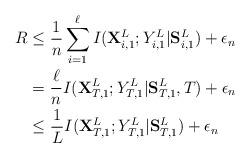
LaTeX: \begin{align*}R & \leq \frac{1}{n} \sum_{i=1}^{\ell} I( {\bf X}_{i,1 }^{L}; Y_{i,1 }^{L} | {\bf S}_{i,1 }^{ L} ) + \epsilon_n \\& = \frac{\ell}{n} I( {\bf X}_{T,1 }^{L}; Y_{T,1 }^{L} | {\bf S}_{T,1 }^{ L}, T ) + \epsilon_n \\& \leq \frac{1}{L} I( {\bf X}_{T,1 }^{L}; Y_{T,1}^{L} | {\bf S}_{T,1 }^{L} ) + \epsilon_n \end{align*}